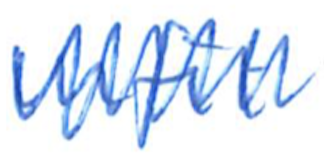
Text: unfit
Cross-out: zig-zag
Writing tool: ballpoint